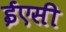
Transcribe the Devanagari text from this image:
ईएसी